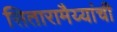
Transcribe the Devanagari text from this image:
सितारामैय्यांची